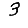
Digit: 3